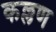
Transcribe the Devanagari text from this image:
कल्लण